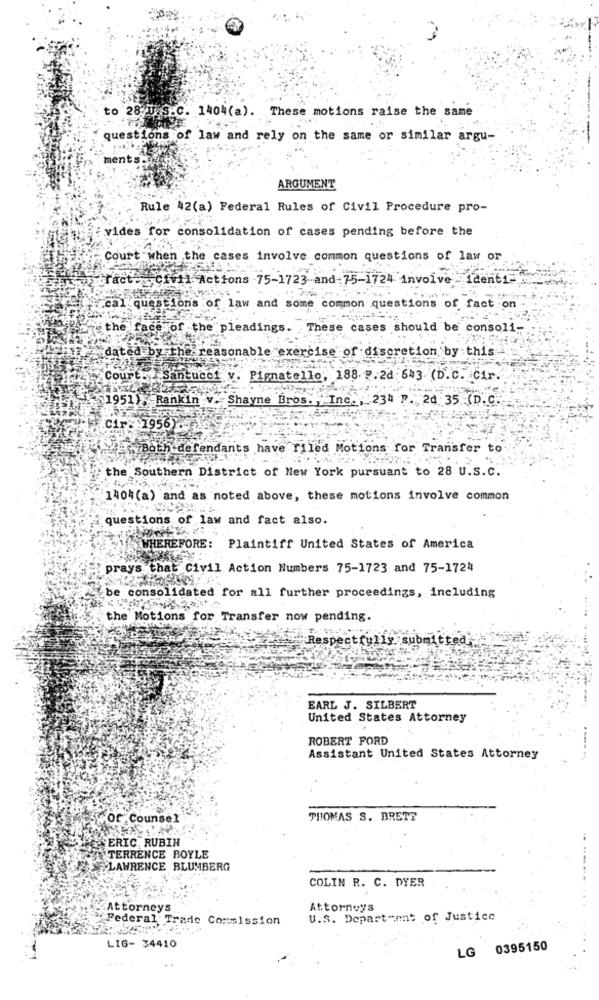
to 28 U.S.C. 1404(a). These motions raise the same
questions of law and rely on the same or similar argu-
ments.
ARGUMENT
Rule 42(a) Federal Rules of Civil Procedure pro-
vides for consolidation of cases pending before the
Court when the cases involve common questions of law or
fact- Civil Actions 75-1723- and-75-1724 involve identi-
cal questions of law and some common questions of fact on
the face of the pleadings. These cases should be consoli-
dated by the
reasonable exercise
scretion by this
Court. Santucci v. Pignatello, 188. F. 2d: 643. (D.C. Cir.
1951}, Rankin v. Shayne Bros. , Inc ., 234 P. 24 35 (D. C.
Cir: : 1956)
Both defendants have filed Motions for Transfer to
the Southern District of New York pursuant to 28 U.S.C.
1404(a) and as noted above, these motions involve common
questions of law and fact also.
WHEREFORE:
Plaintiff United States of America
prays that Civil Action Numbers 75-1723 and 75-1724
be consolidated for all further proceedings, including
the Motions for Transfer now pending.
Respectfully submitted
EARL J. SILBERT
United States Attorney
ROBERT FORD
Assistant United States Attorney
Of Counsel
THOMAS S. BRETT
SERIC, RUBIN
TERRENCE BOYLE
LAWRENCE BLUMBERG
COLIN R. C. DYER
Attorneys
Attorneys
Federal Trade Commission
U.S. Department of Justice
LIG- 34410
LG 0395150